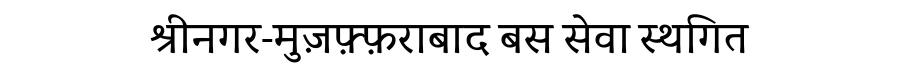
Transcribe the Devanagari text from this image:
श्रीनगर-मुज़फ़्फ़राबाद बस सेवा स्थगित